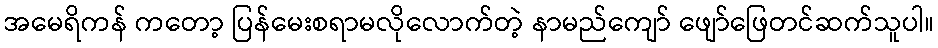
အမေရိကန် ကတော့ ပြန်မေးစရာမလိုလောက်တဲ့ နာမည်ကျော် ဖျော်ဖြေတင်ဆက်သူပါ။